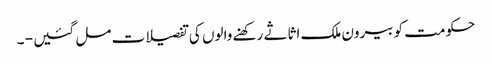
حکومت کو بیرون ملک اثاثے رکھنے والوں کی تفصیلات مل گئیں - ۔